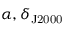
\alpha , \delta _ { \mathrm { J 2 0 0 0 } }